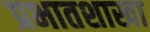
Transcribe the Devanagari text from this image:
प्रभातशाखा